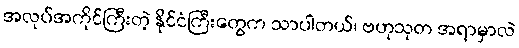
အလုပ်အကိုင်ကြီးတဲ့ နိုင်ငံကြီးတွေက သာပါတယ်၊ ဗဟုသုတ အရာမှာလဲ